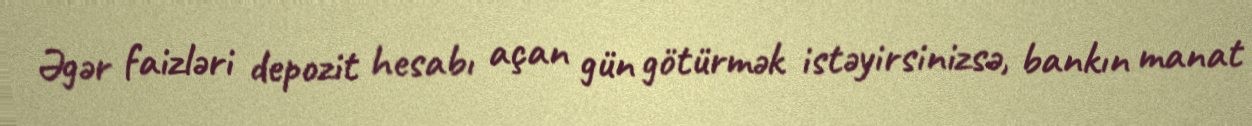
Əgər faizləri depozit hesabı açan gün götürmək istəyirsinizsə, bankın manat